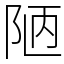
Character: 陋